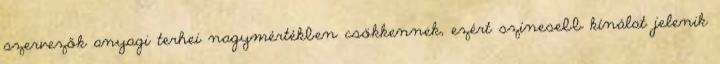
szervezők anyagi terhei nagymértékben csökkennek, ezért színesebb kínálat jelenik